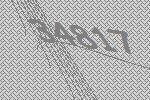
34817